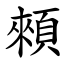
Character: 顂